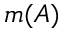
m ( A )